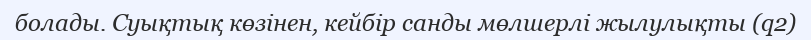
болады. Суықтық көзінен, кейбір санды мөлшерлі жылулықты (q2)